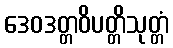
ဒေဝဒတ္တဝိပတ္တိသုတ္တံ